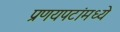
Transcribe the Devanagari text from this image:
प्रणयपटांमध्ये